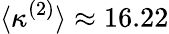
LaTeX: \langle\kappa^{(2)}\rangle\approx 16.22